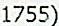
1755)